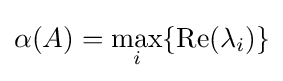
\alpha (A)=\max _{i}\{\operatorname {Re} (\lambda _{i})\}